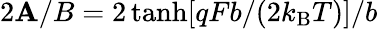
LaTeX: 2\mathbf{A}/B=2\operatorname{tanh}[qFb/(2k_{\mathrm{{B}}}T)]/b